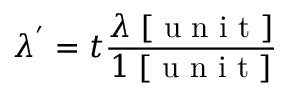
\lambda ^ { ' } = t \frac { \lambda \; [ \mathrm { ~ u ~ n ~ i ~ t ~ } ] } { 1 \; [ \mathrm { ~ u ~ n ~ i ~ t ~ } ] }